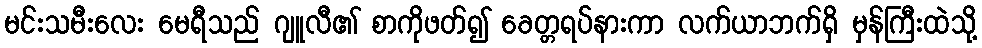
မင်းသမီးလေး မေရီသည် ဂျူလီ၏ စာကိုဖတ်၍ ခေတ္တရပ်နားကာ လက်ယာဘက်ရှိ မှန်ကြီးထဲသို့